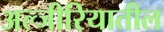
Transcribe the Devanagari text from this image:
अल्जीरियातील